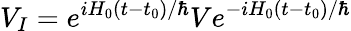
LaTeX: V_{I}=e^{iH_{0}(t-t_{0})/\hbar}Ve^{-iH_{0}(t-t_{0})/\hbar}